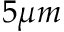
5 \mu m